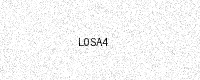
Text: L0SA4